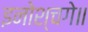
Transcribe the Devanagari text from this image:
इनोश्चगे॥